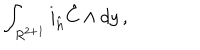
\int _ { R ^ { 2 + 1 } } i _ { \hat { h } } { \hat { C } } \wedge d y \, ,